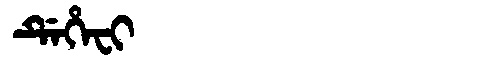
Manchu: ᡩᡝᡥᡝᠸᡳ
Romanization: DEHEFI